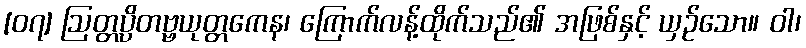
[၀၇] ဩတ္တပ္ပိတဗ္ဗယုတ္တကေန၊ ကြောက်လန့်ထိုက်သည်၏ အဖြစ်နှင့် ယှဉ်သော။ ဝါ၊